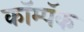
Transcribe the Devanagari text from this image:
कॉम्पॅक